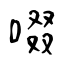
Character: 啜